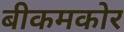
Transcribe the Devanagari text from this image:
बीकमकोर